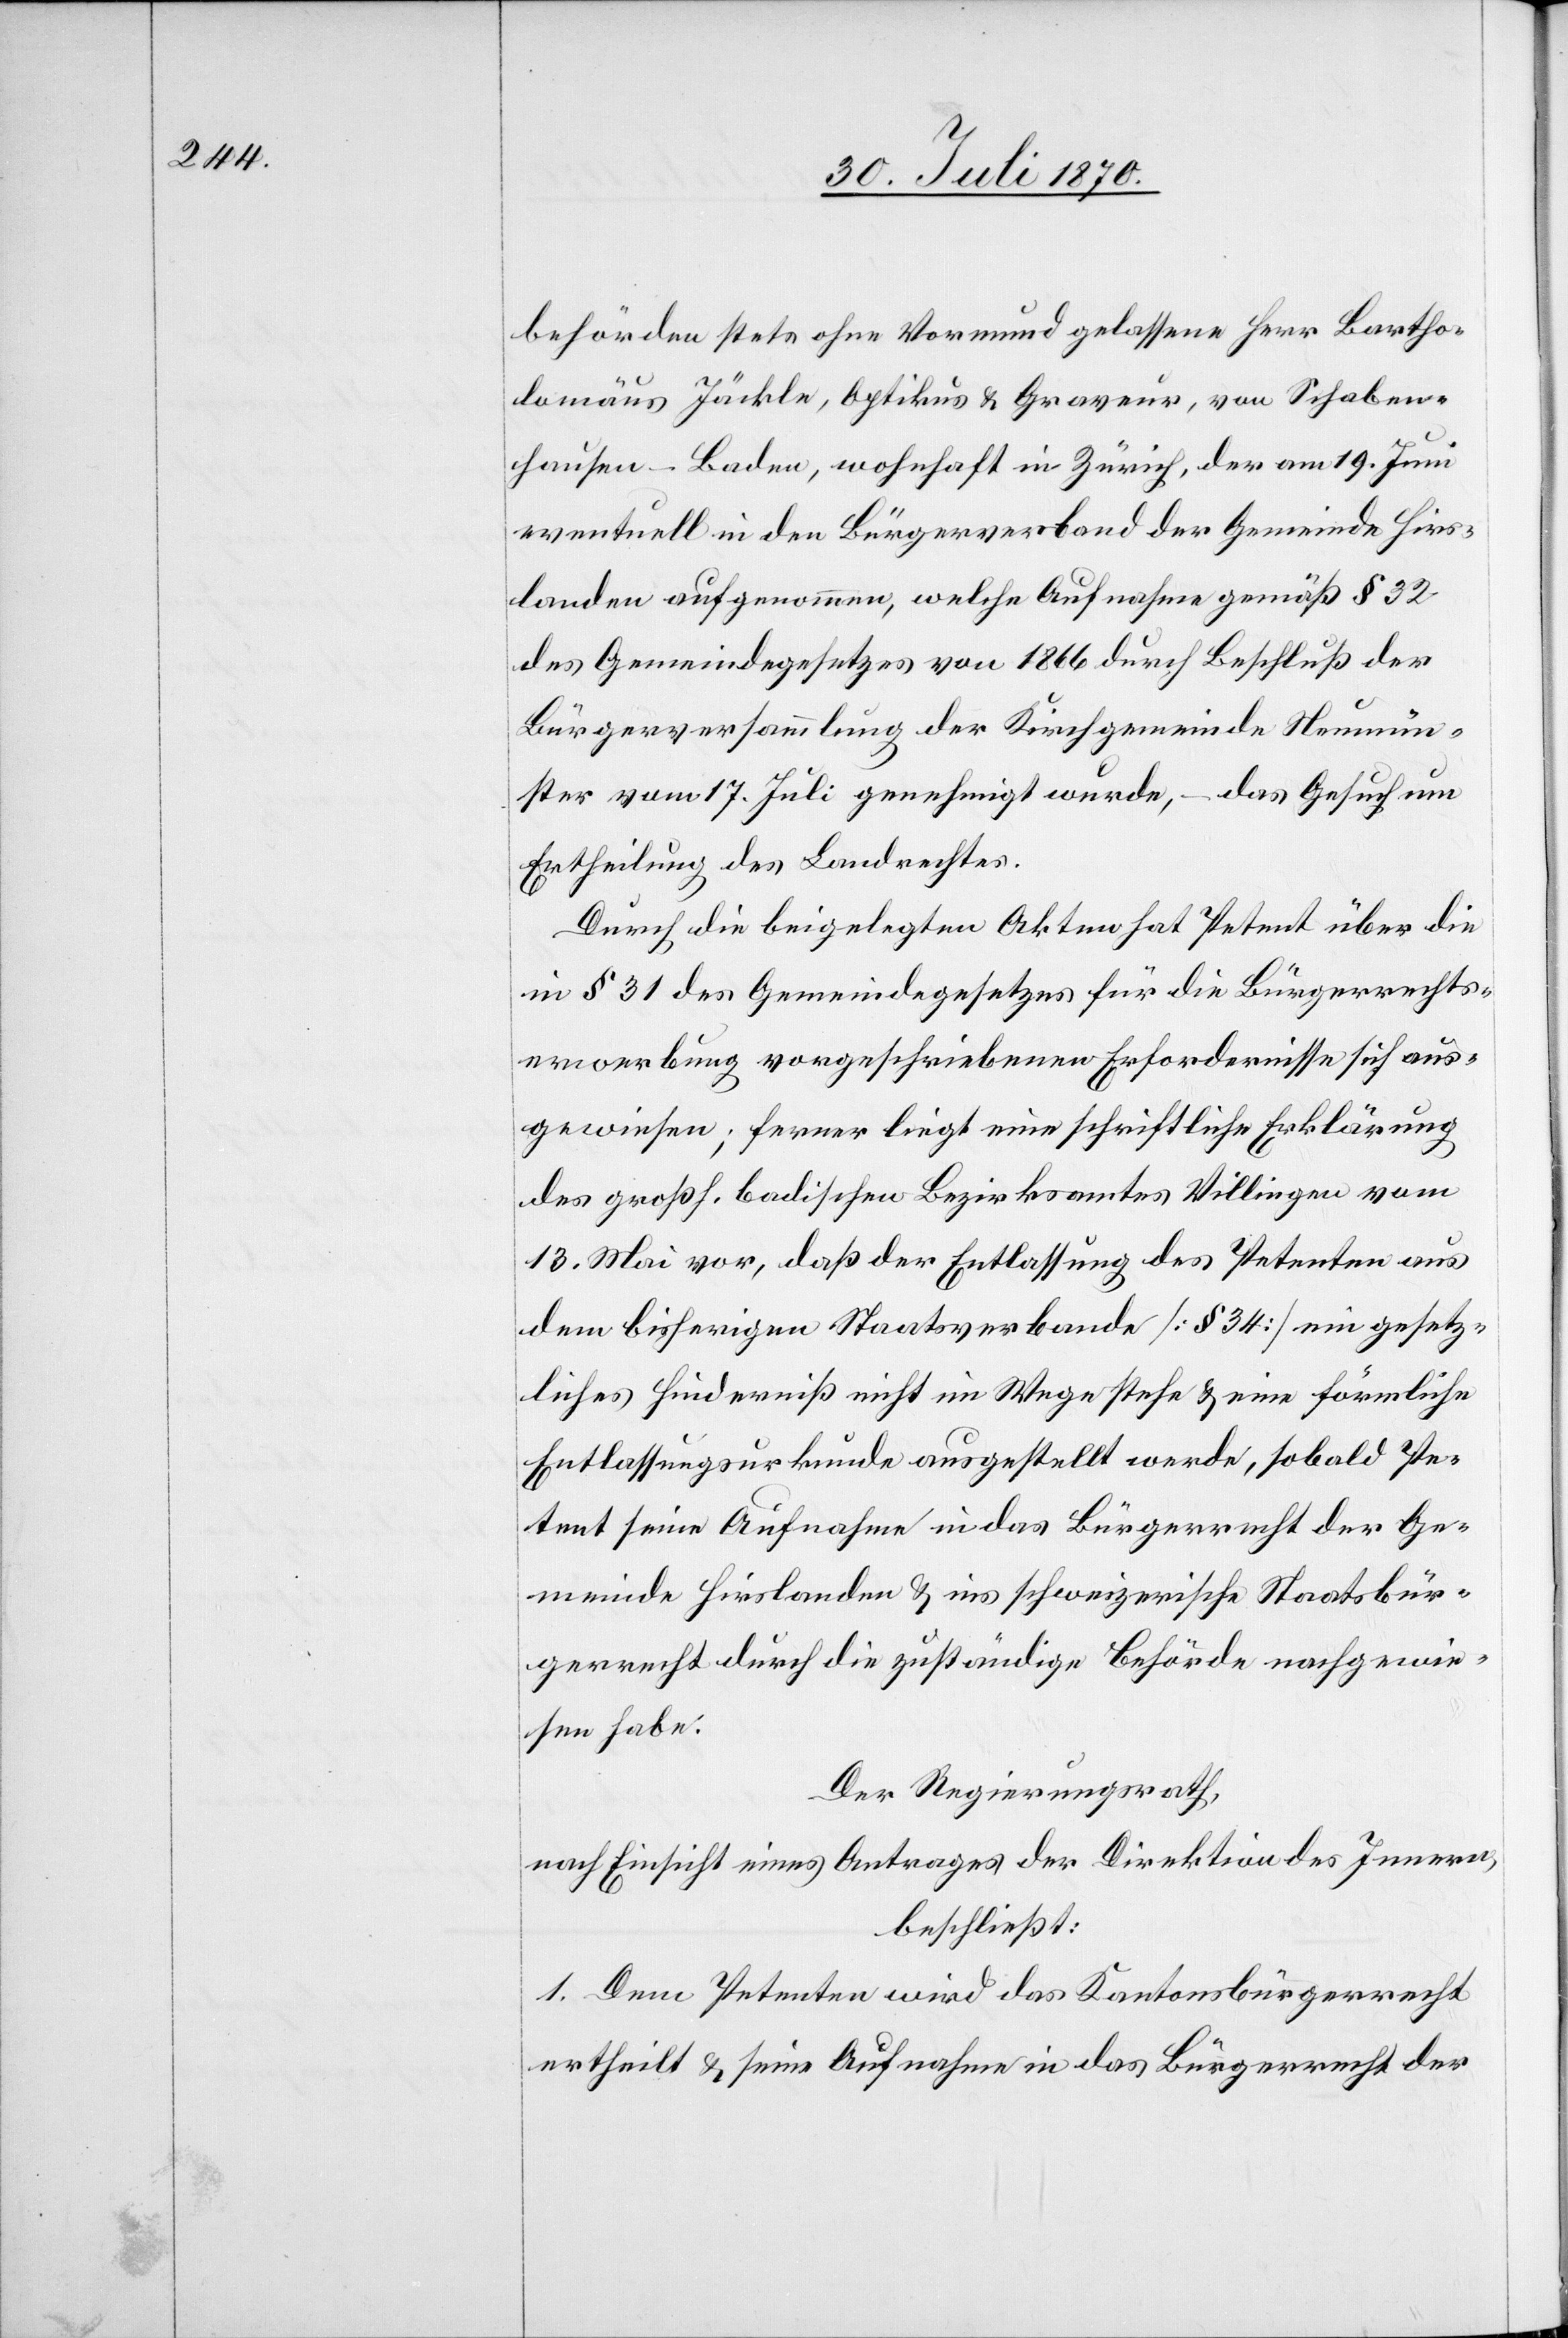
behörden stets ohne Vormund gelassene Herr Bartho¬
lomäus Jäckle, Optikus & Graveur, von Schaben¬
hausen - Baden, wohnhaft in Zürich, der am 19. Juni
eventuell in den Bürgerverband der Gemeinde Hirs¬
landen aufgenommen [wurde], welche Aufnahme gemäß § 32
des Gemeindegesetzes von 1866 durch Beschluß der
Bürgerversammlung der Kirchgemeinde Neumün¬
ster vom 17. Juli genehmigt wurde, – das Gesuch um
Ertheilung des Landrechtes.
Durch die beigelegten Akten hat Petent über die
in § 31 des Gemeindegesetzes für die Bürgerrechts¬
erwerbung vorgeschriebenen Erfordernisse sich aus¬
gewiesen; ferner liegt eine schriftliche Erklärung
des großh. badischen Bezirksamtes Villingen vom
13. Mai vor, daß der Entlassung des Petenten aus
dem bisherigen Staatsverbande [§ 34] ein gesetz¬
liches Hinderniß nicht im Wege stehe & eine förmliche
Entlassungsurkunde ausgestellt werde, sobald Pe¬
tent seine Aufnahme in das Bürgerrecht der Ge¬
meinde Hirslanden & ins schweizerische Staatsbür¬
gerrecht durch die zuständige Behörde nachgewie¬
sen habe.
Der Regierungsrath,
nach Einsicht eines Antrages der Direktion des Innern,
beschließt:
1. Dem Petenten wird das Kantonsbürgerrecht
ertheilt & seine Aufnahme in das Bürgerrecht der